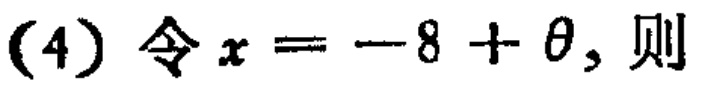
(4) 令 \(x = - 8+\theta\)，则